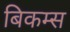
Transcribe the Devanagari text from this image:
बिकम्स